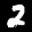
Label: 2